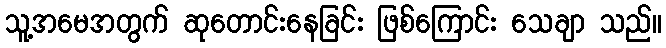
သူ့အမေအတွက် ဆုတောင်းနေခြင်း ဖြစ်ကြောင်း သေချာ သည်။